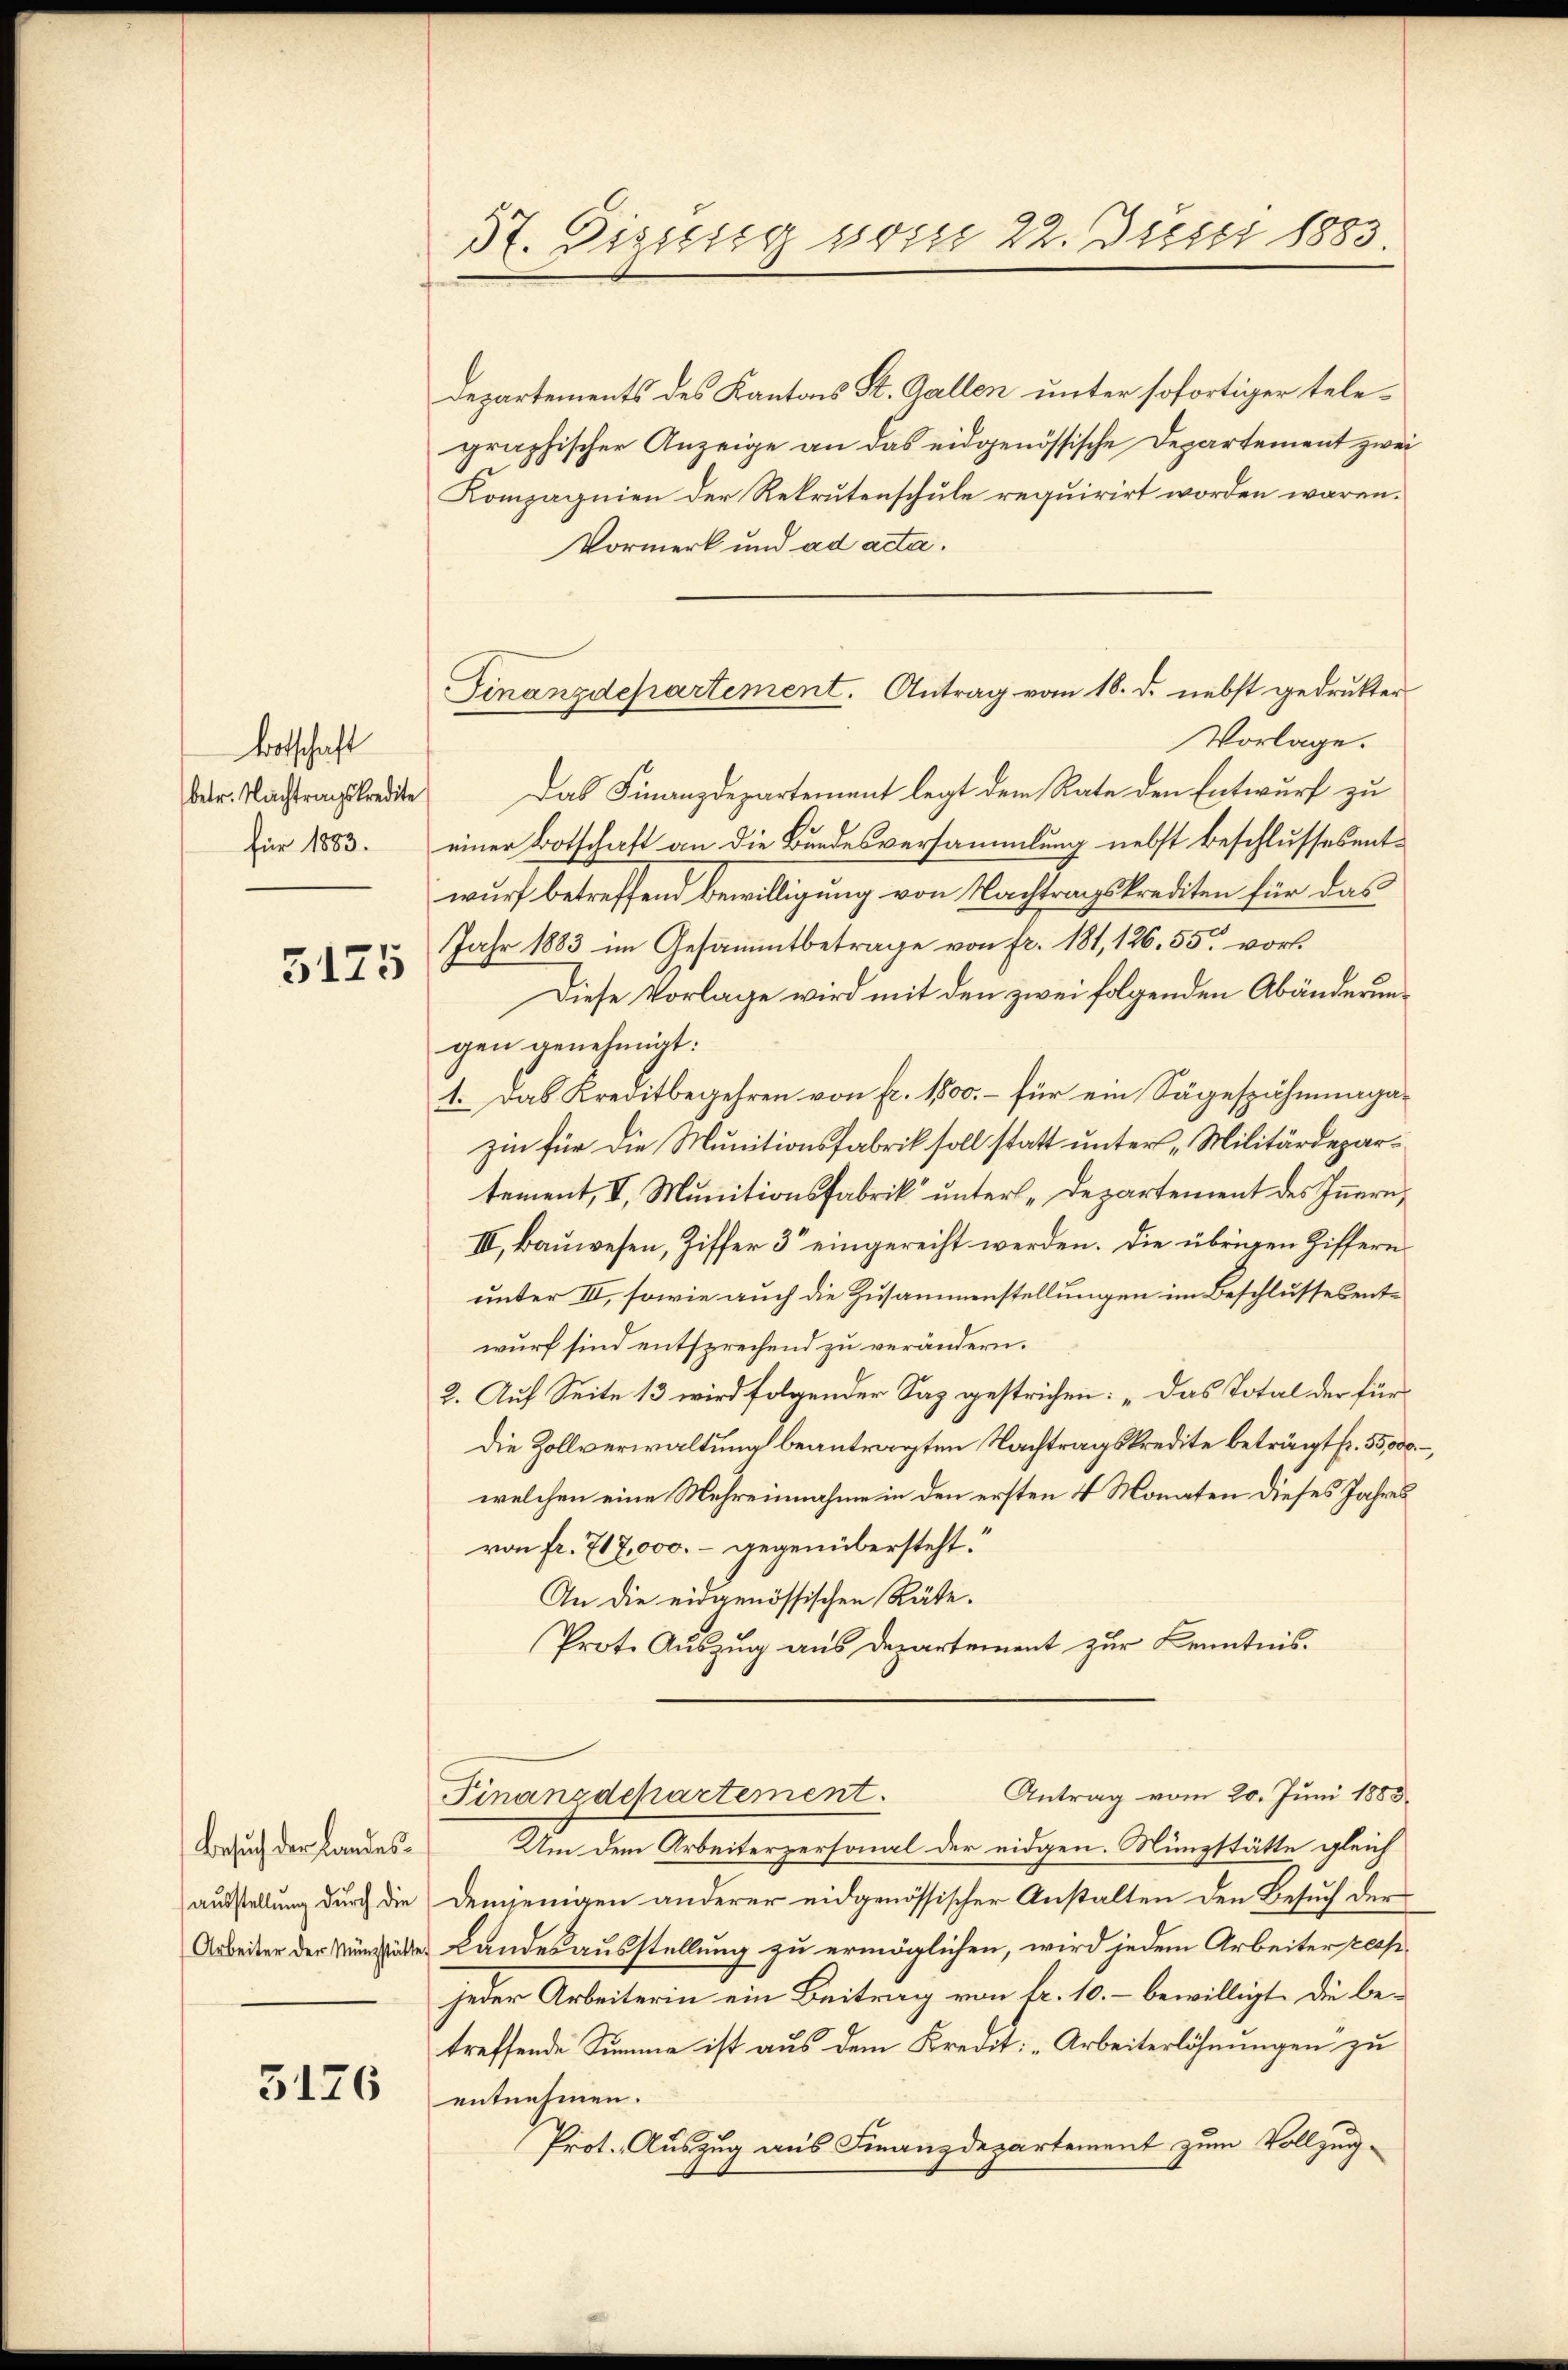
Botschaft
betr. Nachtragskredite
für 1883.

5175

Besuch der Landesausstellung durch die
Arbeiter der Münzstätte

3176

37. Dissetzg vom 22. Justi 1883.

Departements des Kantons St. Gallen unter sofortiger telegraphischer Anzeige an das eidgenössische Departement zwei
Kompagnien der Rekrutenschule requirirt worden wären.
Vormerk und ad acta.
Vorlage.
Das Finanzdepartement legt dem Rate den Entwurf zu
einer Botschaft an die Bundesversammlung nebst Beschlussesentwurf betreffend Bewilligung von Nachtragskrediten für das
Jahr 1883 im Gesammtbetrage von fr. 181, 126. 55 vor.
Diese Vorlage wird mit den zwei folgenden Abänderungen genehmigt:
1. Das Kreditbegehren von fr. 1500. – für ein Sägespähmungazin für die Munitionsfabrik soll statt unter Militärdepartement, I, Munitionsfabrik unter-Departement des Innern,
III, Bauwesen, Ziffer 3 eingerecht werden. Die übrigen Ziffern
unter III, sowie auch die Zusammenstellungen im Beschlussesentwurf sind entsprechend zu verändern.
2. Auf Seite 13 wird folgender Sag gestrichen: „Das Total der für
Die Zollverwaltung beantragten Nachtragskredite beträgt fr. 55,000.
welchen eine Mehrennahme in den ersten 4 Monaten dieses Jahres
von fr. 717,000.- gegenübersteht.
An die eidgenössischen Räte.
Prot. Auszug aus Departement zur Kenntnis.
Antrag vom 20. Juni 1883.
Finanzdepartement.
Um dem Arbeiterpersonal der eidgen. Münzstätte gleich
Demjenigen anderer eidgenössischer Anstalten den Besuch der
Landesausstellung zu ermöglichen, wird jedem Arbeiter resp.
jeder Arbeiterin ein Beitrag von fr. 10. – bewilligt. Die betreffende Summe ist aus dem Kredit: „Arbeiterlöhnungen zu
entnehmen.
Prot. Auszug aus Finanzdepartement zum Vollzug¬

Finanzdepartement. Antrag vom 18. d. nebst gedrukter